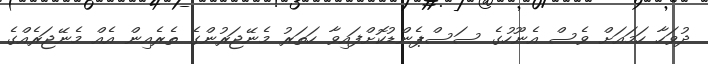
ދުވަހާ ހަމައަށް ވެސް އެނޫހުގެ ސަސްޕެންޑުކޮށްފައިވާ ހަތަރު މެނޭޖަރުންގެ ތެރެއިން އެއް މެނޭޖަރެއްގެ